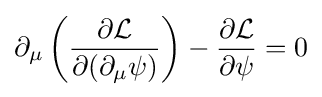
\partial _{\mu }\left({\frac {\partial {\mathcal {L}}}{\partial (\partial _{\mu }\psi )}}\right)-{\frac {\partial {\mathcal {L}}}{\partial \psi }}=0